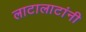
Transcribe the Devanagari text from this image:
लाटालाटांनी